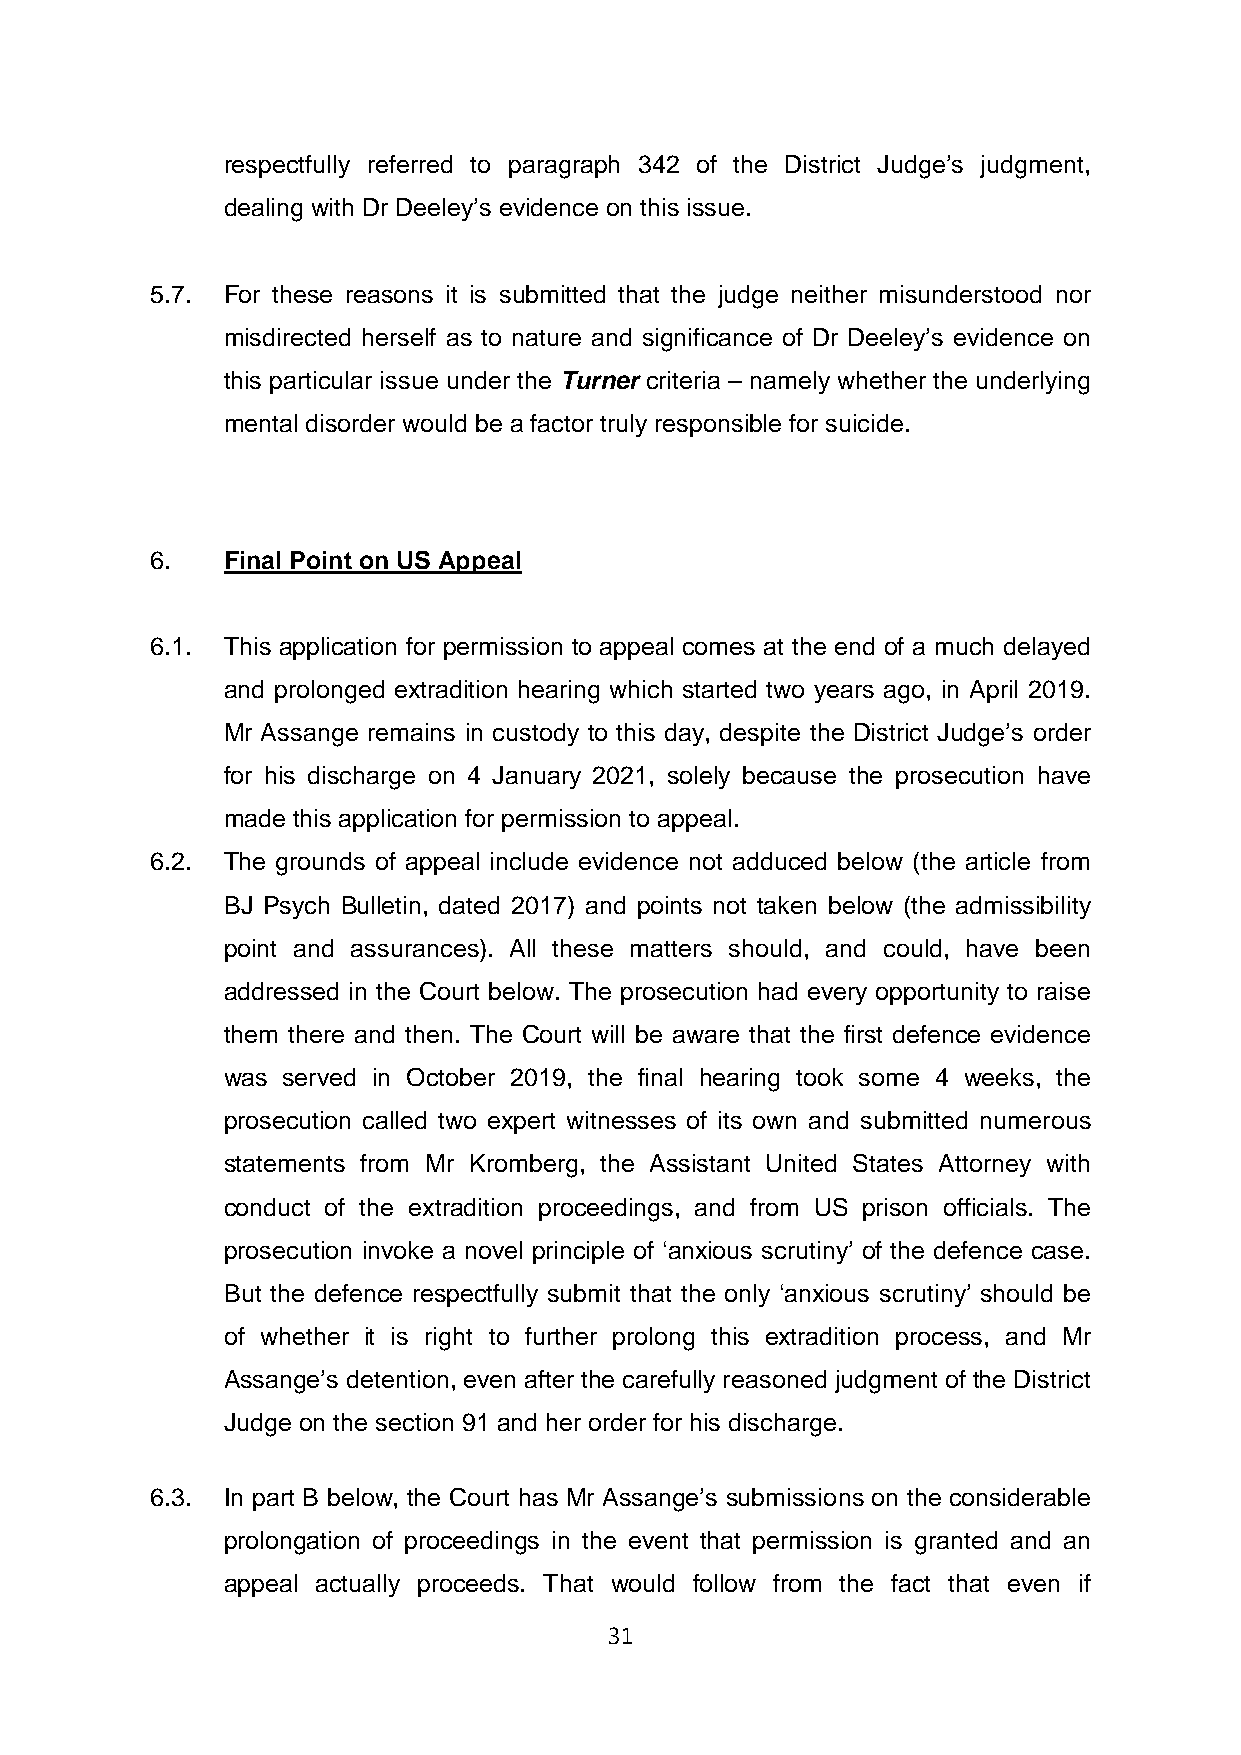
respectfully referred to paragraph 342 of the District Judge’s judgment,
 dealing with Dr Deeley’s evidence on this issue.
 5.7. For these reasons it is submitted that the judge neither misunderstood nor
 misdirected herself as to nature and significance of Dr Deeley’s evidence on
 this particular issue under the Turner criteria – namely whether the underlying
 mental disorder would be a factor truly responsible for suicide.
 6.   Final Point on US Appeal
 6.1. This application for permission to appeal comes at the end of a much delayed
 and prolonged extradition hearing which started two years ago, in April 2019.
 Mr Assange remains in custody to this day, despite the District Judge’s order
 for his discharge on 4 January 2021, solely because the prosecution have
 made this application for permission to appeal.
 6.2. The grounds of appeal include evidence not adduced below (the article from
 BJ Psych Bulletin, dated 2017) and points not taken below (the admissibility
 point and assurances). All these matters should, and could, have been
 addressed in the Court below. The prosecution had every opportunity to raise
 them there and then. The Court will be aware that the first defence evidence
 was served in October 2019, the final hearing took some 4 weeks, the
 prosecution called two expert witnesses of its own and submitted numerous
 statements from Mr Kromberg, the Assistant United States Attorney with
 conduct of the extradition proceedings, and from US prison officials. The
 prosecution invoke a novel principle of ‘anxious scrutiny’ of the defence case.
 But the defence respectfully submit that the only ‘anxious scrutiny’ should be
 of whether it is right to further prolong this extradition process, and Mr
 Assange’s detention, even after the carefully reasoned judgment of the District
 Judge on the section 91 and her order for his discharge.
 6.3. In part B below, the Court has Mr Assange’s submissions on the considerable
 prolongation of proceedings in the event that permission is granted and an
 appeal actually proceeds. That would follow from the fact that even if
 31